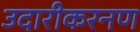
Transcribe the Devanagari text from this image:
उदारीकरनण